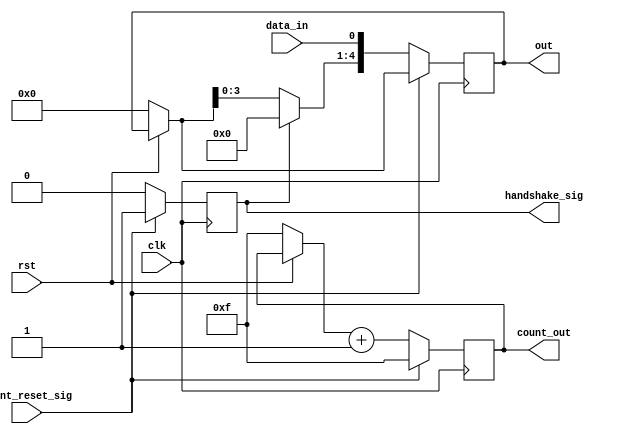
module data_in(
input rst,
input clk,
input data_in,
input count_reset_sig,
output reg [4:0] out,
output reg [3:0] count_out,
output reg handshake_sig
//output reg clk_div	// ADD THIS TO TOP MOD PORT
	 
    );
reg [36:0] count; 	
 

    always@(posedge clk)
    begin
        if(!rst)
            begin
                out = 5'b00000;       
                count_out = 4'b1111;     
            end
            begin
                if(count_reset_sig)  
                    begin
                        count_out = 4'hf;
								handshake_sig = 1'b1;
                    end
                else
                    begin
								if(handshake_sig)
									begin
										out = 5'b00000;
										handshake_sig = 1'b0;
									end
                        out = {out[3:0], data_in};
                        count_out = count_out + 1; 
                        								
                    end
            end
    end
endmodule


/* 
always @ (posedge clk) 
	begin
		counter = counter+1;
			if (counter == 50000000)
				begin
					counter <=0;
				end
			clock_1sec = (counter ==50000000)?1:0;
if (x > 25000000 && counter < 50000000)
 data_in = 0;
 Ov = 0;
if (counter > 50000000)
 data_in = 1;
 Ov = 1;
 out = {out[3:0], data_in};
 out > 1 == 1 (dash)
 out < 1 == 0 (dot) */
 
	
/*	always@(posedge clk)
	begin
		if(!rst)
			begin
				count = 36'h0;
			end
		else
			begin
				if(count < 25000000)
					begin
						clk_div = 1'b0;
						count = count +1;
					end
				else if(25000000 <= count < 50000000)
					begin
						clk_div = 1'b1;
						count = count + 1;
					end
				else 
					begin
						count = 36'h0;
						clk_div = 1'b0;
					end
					
			end
	end
    */